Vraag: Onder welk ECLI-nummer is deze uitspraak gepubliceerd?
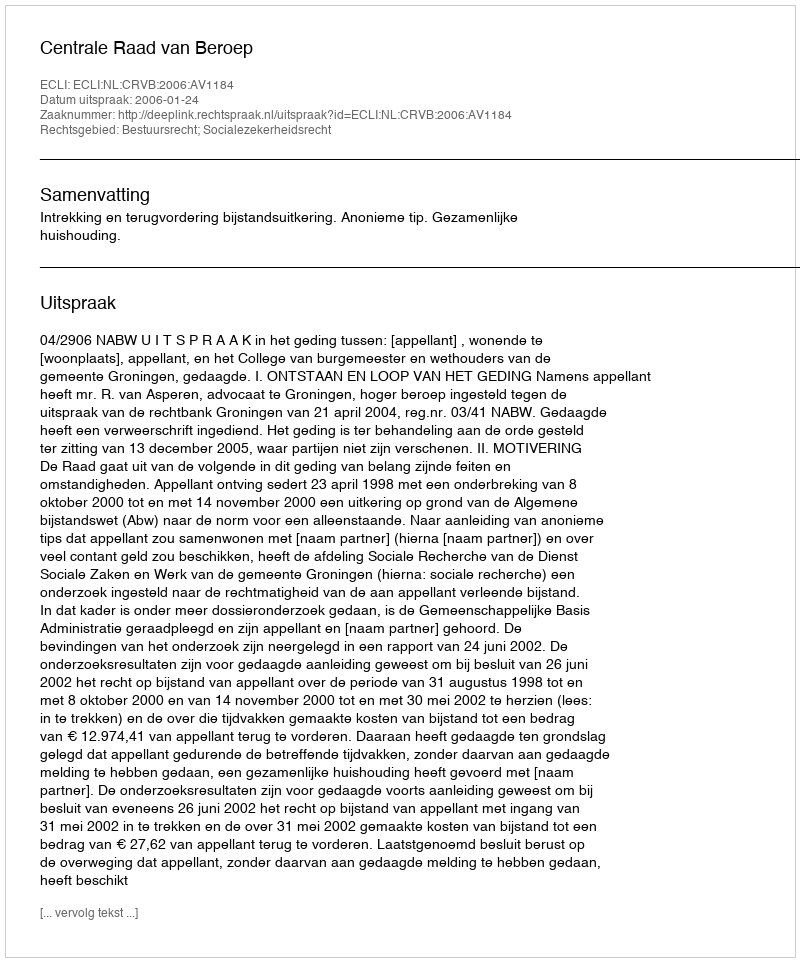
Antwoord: ECLI:NL:CRVB:2006:AV1184